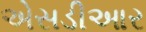
એસડીઆર